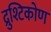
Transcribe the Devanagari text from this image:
द्रुश्टिकोण